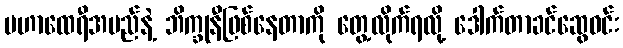
မဟာထေရီအမည်နဲ့ ဘိက္ခုနီဖြစ်နေတာကို တွေ့လိုက်ရလို့ ဒေါက်တာခင်ဆွေဝင်း